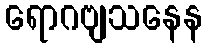
ရောဂဗျသနေန